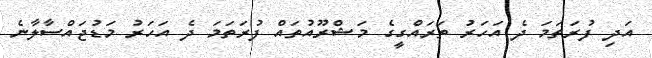
އަދި ފުރަތަމަ ދެ އަހަރު ތަރައްގީގެ މަޝްރޫއުތައް ފުރަތަމަ ދެ އަހަރު މަޑުޖައްސާލާނެ